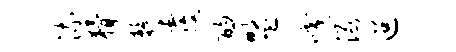
流猾静覆酌盟咬渌迢